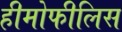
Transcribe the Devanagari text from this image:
हीमोफीलिस